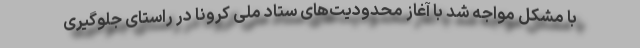
با مشکل مواجه شد با آغاز محدودیت‌های ستاد ملی کرونا در راستای جلوگیری